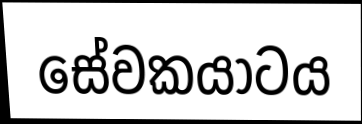
සේවකයාටය